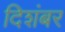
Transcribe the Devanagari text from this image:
दिशंबर